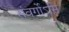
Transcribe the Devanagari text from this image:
संवर्गोऽसि